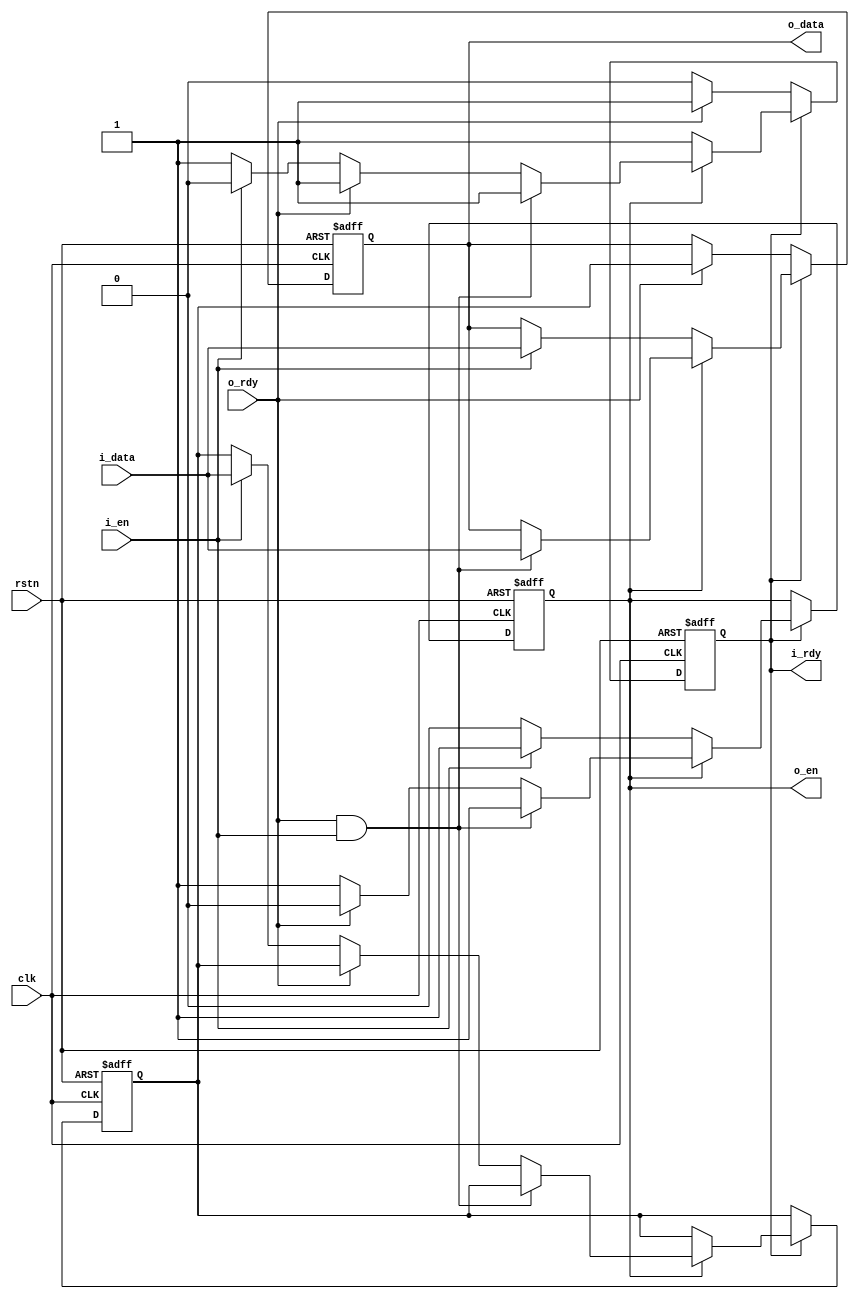
// This program was cloned from: https://github.com/WangXuan95/FPGA-ftdi245fifo
// License: GNU General Public License v3.0


//--------------------------------------------------------------------------------------------------------
// Module  : fifo2
// Type    : synthesizable, IP's sub-module
// Standard: Verilog 2001 (IEEE1364-2001)
// Function: fifo with capacity=2, 
//           all outputs are register-out, which can be inserted into the stream chain to improve timing
//--------------------------------------------------------------------------------------------------------

module fifo2 # (
    parameter            DW = 8
) (
    input  wire          rstn,
    input  wire          clk,
    output wire          i_rdy,
    input  wire          i_en,
    input  wire [DW-1:0] i_data,
    input  wire          o_rdy,
    output wire          o_en,
    output wire [DW-1:0] o_data
);


reg       data1_en   = 1'b0;                 // fifo data1 exist
reg       data2_en_n = 1'b1;                 // fifo data2 exist (n)
reg [DW-1:0] data1   = 0;                    // fifo data1
reg [DW-1:0] data2   = 0;                    // fifo data2

assign    i_rdy  = data2_en_n;               // input ready when not full
assign    o_en   = data1_en;                 // output valid when not empty
assign    o_data = data1;

always @ (posedge clk or negedge rstn)
    if (~rstn) begin
        data1_en   <= 1'b0;
        data2_en_n <= 1'b1;
        data1      <= 0;
        data2      <= 0;
    end else begin
        if          (~data2_en_n) begin      // full (data2 exist)
            if (o_rdy) begin                 // allow output
                data2_en_n <= 1'b1;          // set data2 to not exist
                data1      <= data2;         // data2 -> data1
            end
        end else if (data1_en) begin         // half full (data1 exist, but data2 not exist)
            if (o_rdy & i_en) begin          // allow both output and input simultaneously
                data1      <= i_data;        // i_data -> data1
            end else if (o_rdy) begin        // only allow output
                data1_en   <= 1'b0;          // set data1 to not exist
            end else if (i_en) begin         // only allow input
                data2_en_n <= 1'b0;          // set data1 to exist
                data2      <= i_data;        // i_data -> data2
            end
        end else begin                       // empty (both data1 & data2 not exist)
            if (i_en) begin                  // allow input
                data1_en   <= 1'b1;          // set data1 to exist
                data1      <= i_data;        // i_data -> data1
            end
        end
    end

endmodule